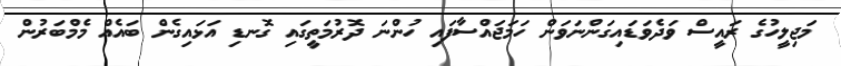
މަޖިލީހުގެ ރައީސް ވަދެވަޑައިގަންނަވަން ހަމަޖައްސާފައި ހުންނަ ދޮރުމަތީގައި ގޮނޑި އަޅައިގެން ބައެއް މެމްބަރުން